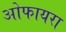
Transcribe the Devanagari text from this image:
ओफायरा